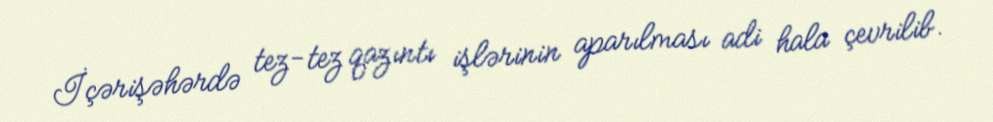
İçərişəhərdə tez-tez qazıntı işlərinin aparılması adi hala çevrilib.